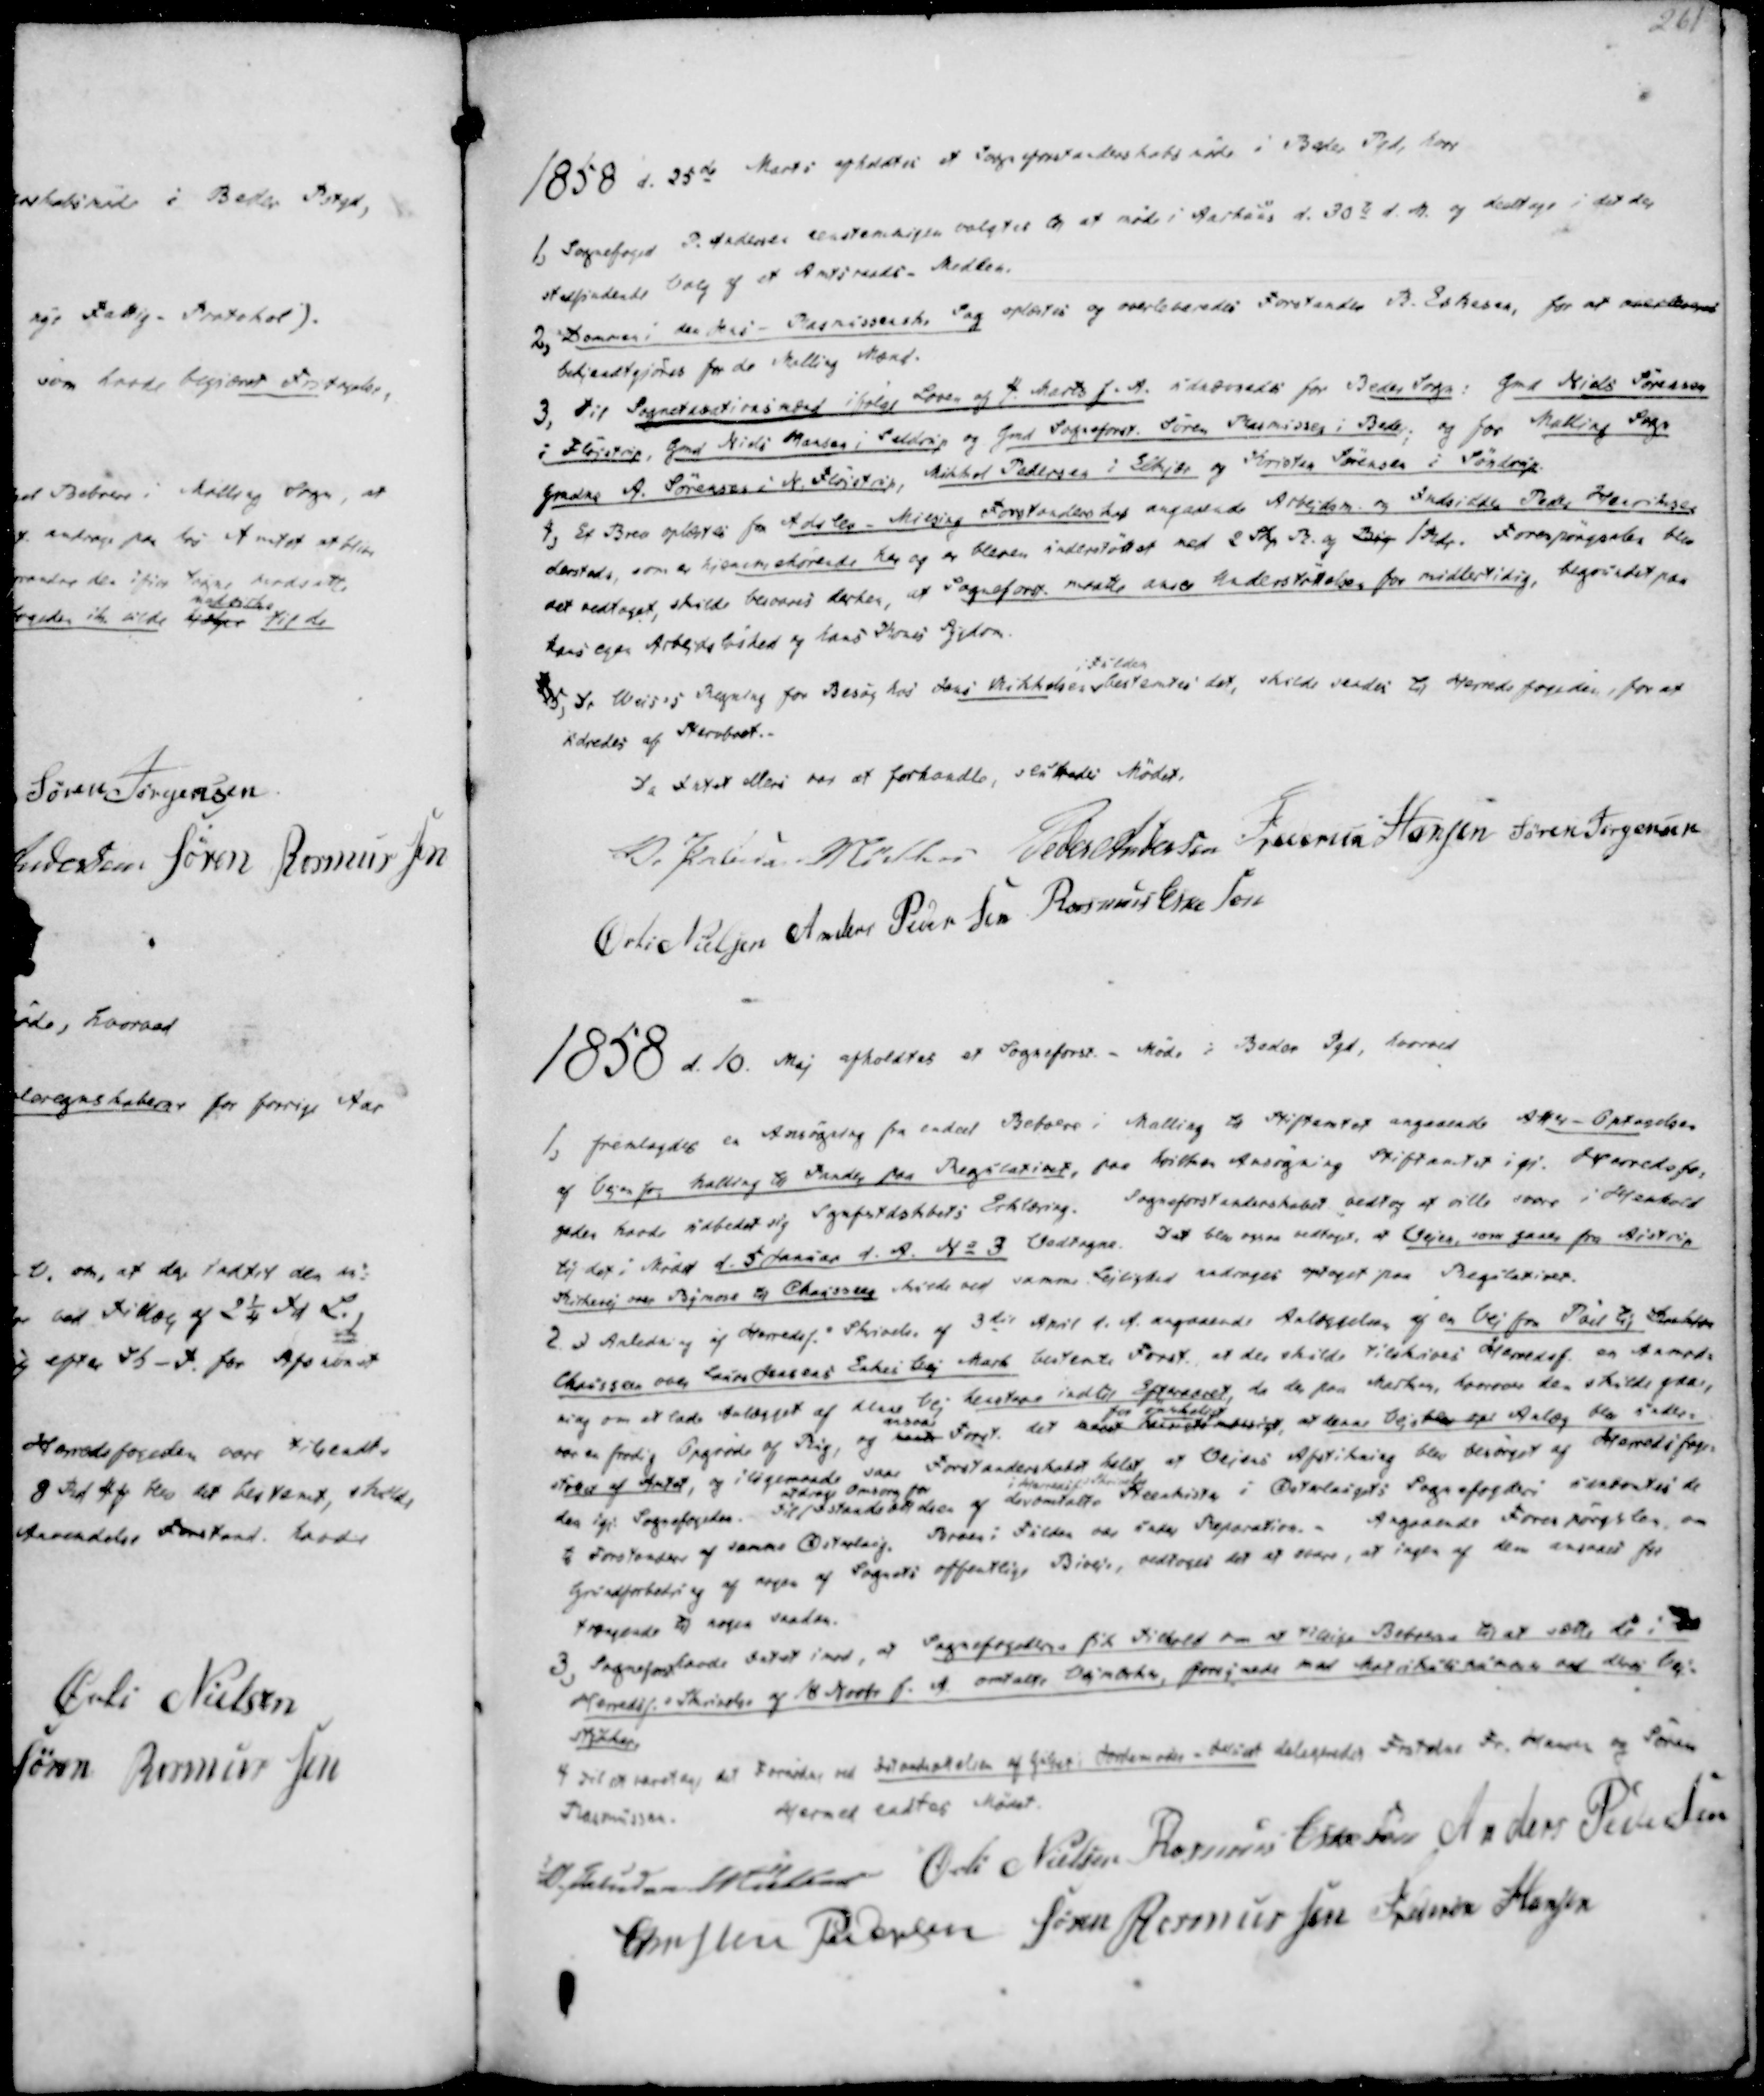
Transskription:
1858 d. 25de Marts afholdtes et Sogneforstanderskabsmøde i Beder Pgd, hvor

1, Sognefoged P. Andersen enstemmigen valgtes til at møde i Aarhuus d. 30te d. M. og deeltage i det der
stadfindende Valg af et Amtsraads- Medlem.
2, Dommen i den Jens- Rasmussenske Sag oplæstes og overleveredes Forstander R. Eskesen, for at overleveres
bekjendtgjøres for de Malling Mænd.
3, Til Sognetioationsmænd ifølge Loven af 4. Marts f.A. udnævedes for Beder Sogn: Gmd Niels Sørensen
i Fløjstrup, Gmd Niels Hansen i Seldrup og Gmd Sogneforst. Søren Rasmussen i Beder; og for Malling Sogn
Gmdne A. Sørensen i N. Fløjstrup, Mikkel Pedersen i Elkjær og Kristen Sørensen i Søndrup.

4, Et Brev oplæstes fra Adslev - Miesing Forstanderskab angaaende Arbejdsm. og Indsidder Peder Henriksen
dersteds, som er hjemmehørende her og er bleven understøttet med 2 Skp R. og Byg 1 Rdr. Forespørgselen blev
det vedtaget, skulde besvares derhen, at Sogneforst. maatte ansee Understøttelsen for midlertidig, begrundet paa
hans egen Arbejdsløshed og hans Kones Sygdom.
5, Dr Weis's Regning for Besøg hos Jens Mikkelsen
i Fulden
bestemtes det, skulde sendes til Herredsfogeden, for at
udredes af Stervboet.

Da Intet ellers var at forhandle, sluttedes Mødet.
V. Paludan Müller
Peder Andersen
Frederik Hansen
Søren Jørgensen
Øvli Nielsen
Anders Pedersen
Rasmus Eskesen

1858 d. 10. Maj afholdtes et Sogneforst. - Møde i Beder Pgd, hvorved

1, fremlagdes en Ansøgning fra endeel Beboere i Malling til Stiftamtet angaaende Atter-Optagelsen
af Vejen fra Malling til Tander paa Regulativet, paa hvilken Ansøgning Stiftamtet igj. Herredsfo-
geden havde udbedt sig Sgnfstdskbets Erklæring. Sogneforstanderskabet vedtog at ville svare i Henhold
til det i Mødet d. 5 Januar d. A. No 3. Vedtagne. Det blev ogsaa vedtaget, at Vejen, som gaaer fra Aistrup
Kirkevej over Bymose til Chausseen skulde ved samme Lejlighed andrages optaget paa Regulativet.
2. I Anledning af Herredsf.s Skrivelse af 3die April d. A. angaaende Anlæggelsen af en Vej fra Pøel til Krekjær
Chausseen over Laurs Jensens Enkes Vej Mark bestemte Forst., at der skulde tilskrives Herredsf. en Anmod-
ning om at lade Anlægget af klere Vej henstaae indtil Efteraaret, da der paa Marken, hvorover den skulde gaae,
var en frodig Opgrøde af Rug, og næste
ansaae
Forst. det mest hensigtsmæssigt,
for ønskeligt
at denne Vejs blev opr Anlæg blev under-
støttet af Amtet, og iligemaade saae Forstanderskabet helst at Vejens Afstikning blev besørget af Herredsfoge-
den igj. Sognefogeden. Til
at drage Omsorg for
Istandsættelsen af deromtalte
i Herredskrivelsen
Steenkisten i Østerlaugets Sognefogderi udnævntes de
to Forstandere af samme Østerlaug. Broen i Fulden var under Reparation.
Angaaende Forespørgslen, om
Grundforbedring af nogen af Sognets offentlige Biveje, vedtoges det at svare, at ingen af dem ansaaes for
trægende til nogen saadan.

3, Sogneforst havde Intet imod, at Sognefogederne fik Tilhold om at tilsørge Beboerne til at sætte de i
Herredsf.s Skrivelse af 18 Novbr f. A. omtalte Vejmærker, forsynede med Matrikelnummer ved deres Vej-
stykker.
4 Til at varetage det Fornødne ved tilandsættelsen af Gulvet i Jordemoder-Huset delegeredes Frstder Fr. Hansen og Søren
Rasmussen.
Hermed endtes Mødet.

V. Paludan Müller
Øvli Nielsen
Rasmus Eskesen
Anders Pedersen
Christen Pedersen
Søren Rasmussen
Frederik Hansen